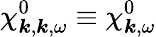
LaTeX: \chi_{\boldsymbol{k},\boldsymbol{k},\omega}^{0}\equiv\chi_{\boldsymbol{k},\omega}^{0}